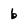
Character: b